Report of the King Institute of Preventive Medicine, Guindy
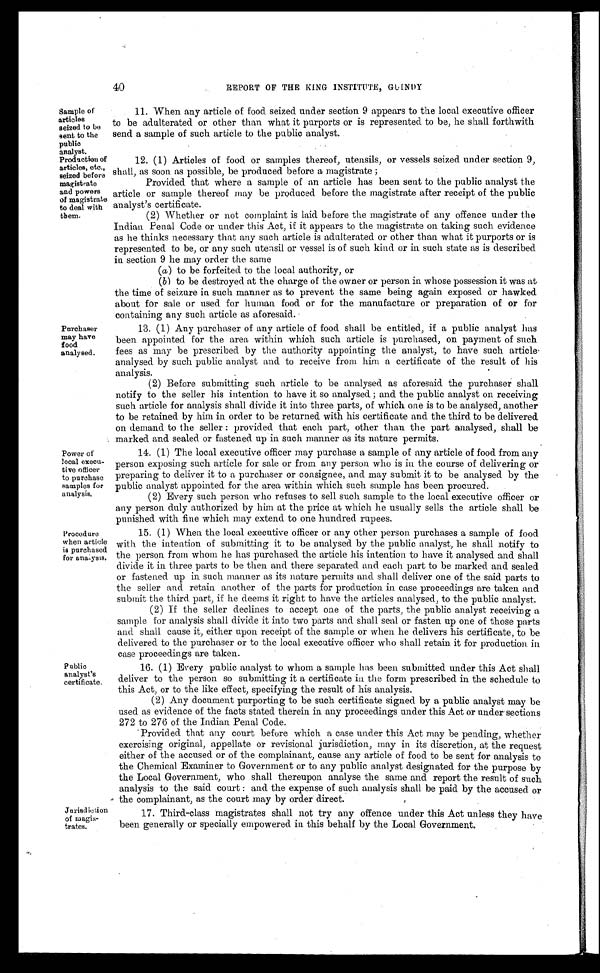
Sample of
articles
seized to be
sent to the
public
analyst.
Production of
articles, etc.,
seized before
magistrate
and powers
of magistrate
to deal with
tbem.
40
REPORT OF THE KING INSTITUTE, GUINDY
Purchaser
may have
food
analysed.
Power of
local execu-
tive officer
to purchase
samples for
analysis.
Procedure
when article
is purchased
for analysis.
11. When any article of food seized under section 9 appears to the local executive officer
to be adulterated or other than what it purports or is represented to be, he shall forthwith
send a sample of such article to the public analyst.
12. (1) Articles of food or samples thereof, utensils, or vessels seized under section 9,
shall, as soon as possible, be produced before a magistrate ;
Provided that where a sample of an article has been sent to the public analyst the
article or sample thereof may be produced before the magistrate after receipt of the public
analyst's certificate.
(2) Whether or not complaint is laid before the magistrate of any offence under the
Indian Penal Code or under this Act, if it appears to the magistrate on taking such evidence
as he thinks necessary that any such article is adulterated or other than what it purports or is
represented to be, or any such utensil or vessel is of such kind or in such state as is described
in section 9 he may order the same
(a) to be forfeited to the local authority, or
(b) to be destroyed at the charge of the owner or person in whose possession it was at
the time of seizure in such manner as to prevent the same being again exposed or hawked
about for sale or used for human food or for the manufacture or preparation of or for
containing any such article as aforesaid.
13. (1) Any purchaser of any article of food shall be entitled, if a public analyst has
been appointed for the area within which such article is purchased, on payment of such
fees as may be prescribed by the authority appointing the analyst, to have such article
analysed by such public analyst and to receive from him a certificate of the result of his
analysis.
(2) Before submitting such article to be analysed as aforesaid the purchaser shall
notify to the seller his intention to have it so analysed ; and the public analyst on receiving
such article for analysis shall divide it into three parts, of which one is to be analysed, another
to be retained by him in order to be returned with his certificate and the third to be delivered
on demand to the seller : provided that each part, other than the part analysed, shall be
marked and sealed or fastened up in such manner as its nature permits.
14. (1) The local executive officer may purchase a sample of any article of food from any
person exposing such article for sale or from any person who is in the course of delivering or
preparing to deliver it to a purchaser or consignee, and may submit it to be analysed by the
public analyst appointed for the area within which such sample has been procured.
(2) Every such person who refuses to sell such sample to the local executive officer or
any person duly authorized by him at the price at which he usually sells the article shall be
punished with fine which may extend to one hundred rupees.
15. (1) When the local executive officer or any other person purchases a sample of food
with the intention of submitting it to be analysed by the public analyst, he shall notify to
the person from whom he has purchased the article his intention to have it analysed and shall
divide it in three parts to be then and there separated and each part to be marked and sealed
or fastened up in such manner as its nature permits and shall deliver one of the said parts to
the seller and retain another of the parts for production in case proceedings are taken and
submit the third part, if he deems it right to have the articles analysed, to the public analyst.
(2) If the seller declines to accept one of the parts, the public analyst receiving a
sample for analysis shall divide it into two parts and shall seal or fasten up one of those parts
and shall cause it, either upon receipt of the sample or when he delivers his certificate, to be
delivered to the purchaser or to the local executive officer who shall retain it for production in
case proceedings are taken.
Public
analyst's
certificate.
Jurisdiction
of magis
-trates.
16. (1) Every public analyst to whom a sample has been submitted under this Act shall
deliver to the person so submitting it a certificate in the form prescribed in the schedule to
this Act, or to the like effect, specifying the result of his analysis.
(2) Any document purporting to be such certificate signed by a public analyst may be
used as evidence of the facts stated therein in any proceedings under this Act or under sections
272 to 276 of the Indian Penal Code.
Provided that any court before which a case under this Act may be pending, whether
exercising original, appellate or revisional jurisdiction, may in its discretion, at the request
either of the accused or of the complainant, cause any article of food to be sent for analysis to
the Chemical Examiner to Government or to any public analyst designated for the purpose by
the Local Government, who shall thereupon analyse the same and report the result of such
analysis to the said court : and the expense of such analysis shall be paid by the accused or
the complainant, as the court may by order direct.
17. Third-class magistrates shall not try any offence under this Act unless they have
been generally or specially empowered in this behalf by the Local Government.